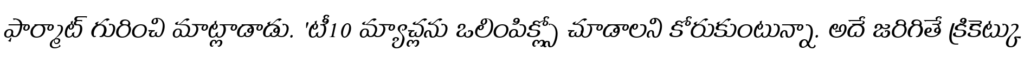
ఫార్మాట్ గురించి మాట్లాడాడు. 'టీ10 మ్యాచ్లను ఒలింపిక్స్లో చూడాలని కోరుకుంటున్నా. అదే జరిగితే క్రికెట్కు